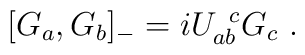
[G_a, G_b]_{-}=iU_{ab}^{\;\;c}G_c\,\,.